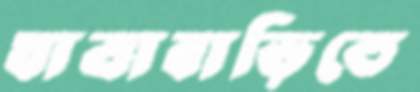
যাত্রাবাড়িতে